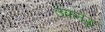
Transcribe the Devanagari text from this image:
उपलद्ध